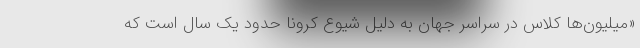
«میلیون‌ها کلاس در سراسر جهان به دلیل شیوع کرونا حدود یک سال است که